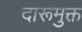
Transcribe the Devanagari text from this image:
दारूमुक्त